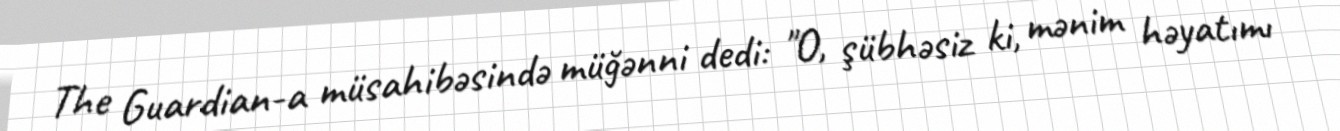
The Guardian-a müsahibəsində müğənni dedi: "O, şübhəsiz ki, mənim həyatımı